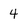
Character: 4